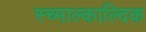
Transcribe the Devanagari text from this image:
स्च्माल्काल्दिक